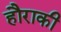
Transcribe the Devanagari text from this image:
हौराकी